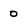
Character: 0